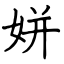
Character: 姘